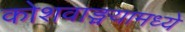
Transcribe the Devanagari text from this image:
कोशवाङ्मयामध्ये